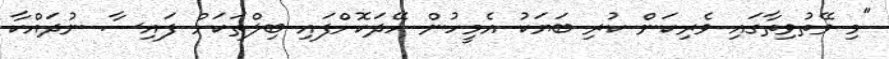
"މި ވޭތުވިތާގައި ވެރިކަން ކުރި ބަޔަކު އެމީހުން ހޭދަކޮށްފައި ބިލްތަކަށް ފައިސާ ނުދައްކާ